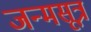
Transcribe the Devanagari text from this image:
जन्मसूत्र